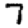
Digit: 7